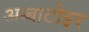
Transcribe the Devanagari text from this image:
अब्बाटोइर